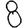
Digit: 8